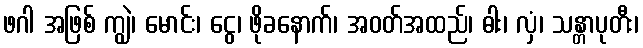
ဖဂါ အဖြစ် ကျွဲ၊ မောင်း၊ ငွေ၊ ဖိုခနောက်၊ အဝတ်အထည်၊ ဓါး၊ လှံ၊ သန္တာပုတီး၊